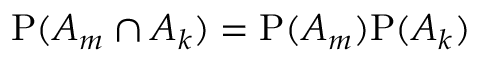
\mathrm { P } ( A _ { m } \cap A _ { k } ) = \mathrm { P } ( A _ { m } ) \mathrm { P } ( A _ { k } )